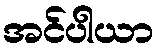
အင်ပါယာ